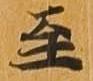
至